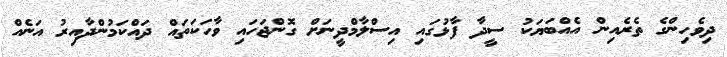
ދިވެހިންގެ ތެރެއިން އެއްބަޔަކު ސީދާ ފާޅުގައި އިސްލާމްދީނަށް ގޮންޖަހައި ވާހަކަތައް ދައްކަމުންދާއިރު އަނެއް